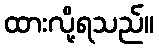
ထားလို့ရသည်။